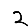
Digit: 2